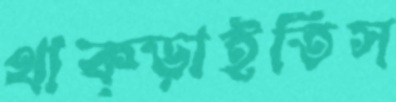
থাক্‌ড়াইতিস